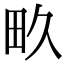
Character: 畂